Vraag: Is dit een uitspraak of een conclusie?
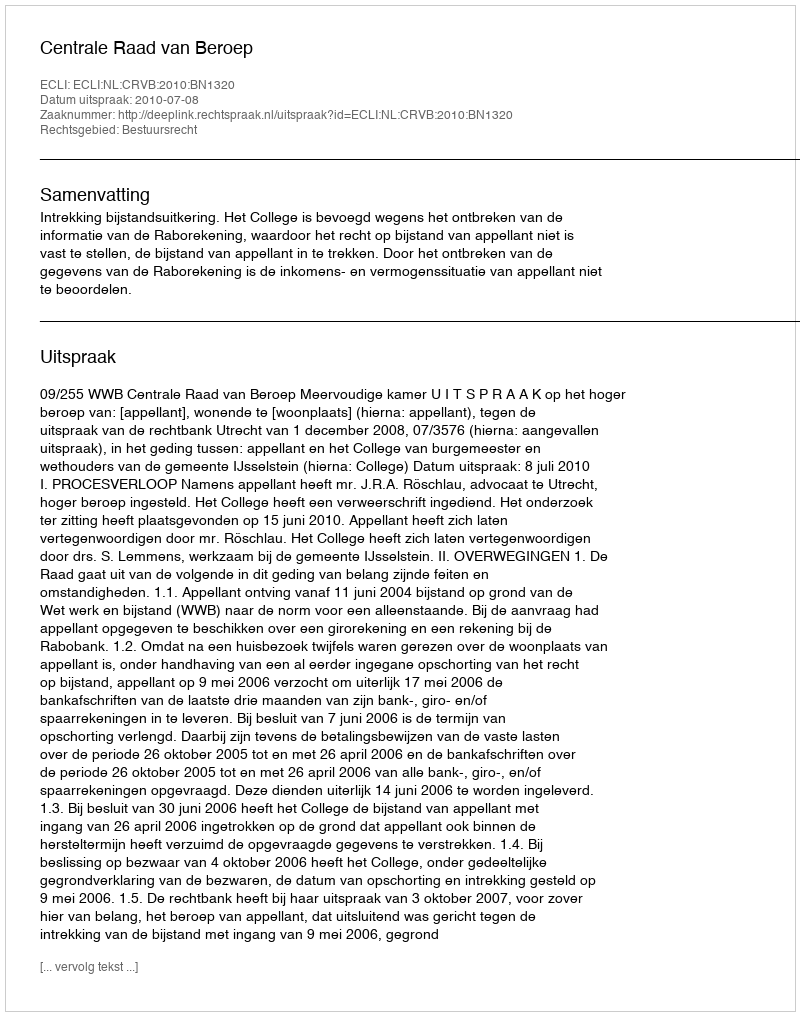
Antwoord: Uitspraak